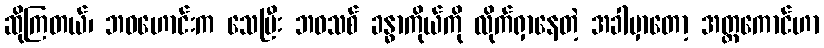
ဆိုကြတယ်၊ ဘဝဟောင်းက သေပြီး ဘဝသစ် ခန္ဓာကိုယ်ကို လိုက်ရှာနေတဲ့ အခါမှာတော့ အတ္တကောင်ဟာ